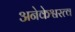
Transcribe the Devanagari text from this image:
अनेकेश्वरत्व